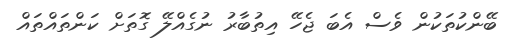
ބޭންކުތަކުން ވެސް އެބަ ޖެހޭ އިތުބާރު ނުގެއްލޭ ގޮތަށް ކަންތައްތައް